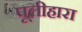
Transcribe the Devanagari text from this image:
पूलीहारा